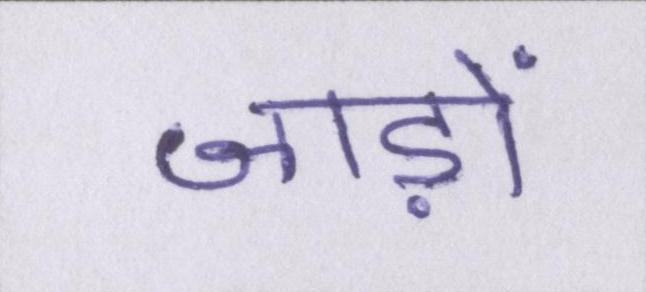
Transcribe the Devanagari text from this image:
जाड़ों